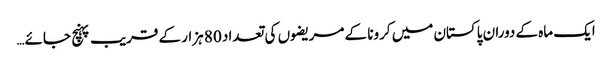
ایک ماہ کے دوران پاکستان میں کرونا کے مریضوں کی تعداد 80 ہزار کے قریب پہنچ جائے…